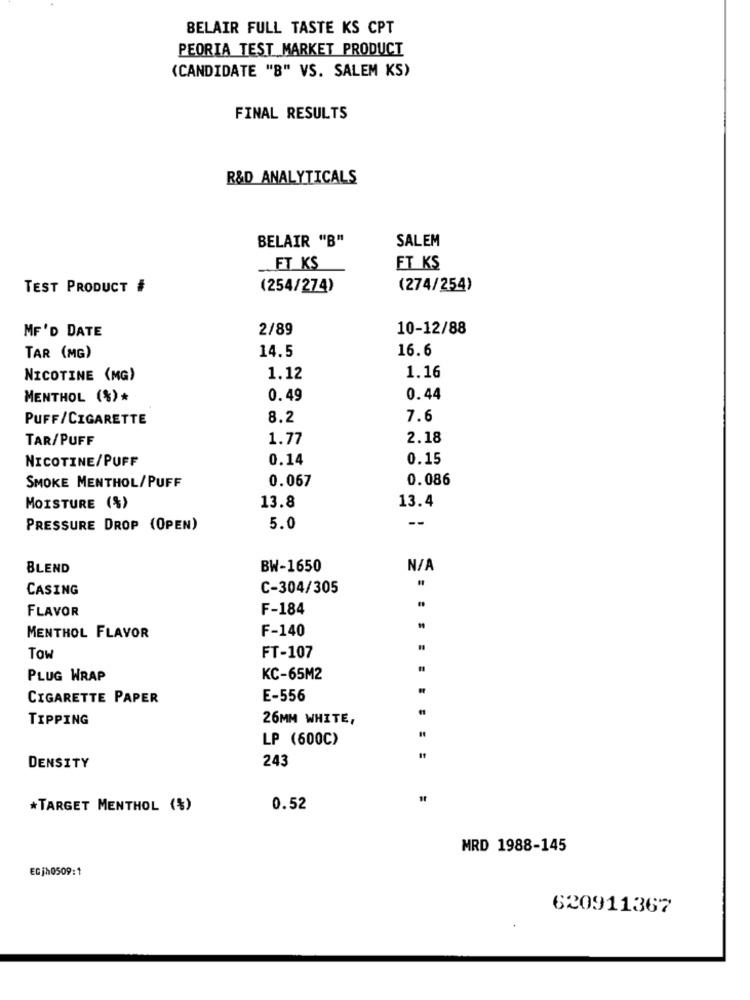
BELAIR FULL TASTE KS CPT
PEORIA TEST MARKET PRODUCT
(CANDIDATE "B" VS. SALEM KS)
FINAL RESULTS
R&D ANALYTICALS
BELAIR "B"
SALEM
FT KS
ET KS
TEST PRODUCT #
(254/274)
(274/254)
MF'D DATE
2/89
10-12/88
14.5
16.6
TAR (MG)
1.16
NICOTINE (MG)
1.12
MENTHOL (%)*
0.49
0.44
PUFF/CIGARETTE
8.2
7.6
TAR/PUFF
1.77
2.18
NICOTINE/PUFF
0.14
0.15
0.067
0.086
SMOKE MENTHOL/PUFF
13.4
MOISTURE (%)
13.8
--
PRESSURE DROP (OPEN)
5.0
BLEND
BW-1650
CASING
C-304/305
FLAVOR
F-184
F-140
MENTHOL FLAVOR
Tow
FT-107
PLUG WRAP
KC-65M2
CIGARETTE PAPER
E-556
TIPPING
26MM WHITE,
LP (600C)
243
DENSITY
*TARGET MENTHOL (%)
0.52
MRD 1988-145
EGjh0509:1
620911367